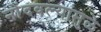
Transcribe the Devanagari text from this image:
नोंदवल्यामुळे